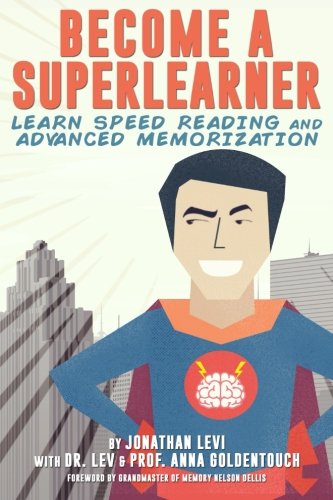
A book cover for Become a SuperLearner: Learn Speed Reading & Advanced Memorization; Jonathan A. Levi; Self-Help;